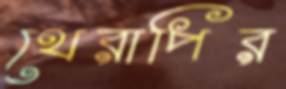
থেরাপির